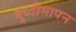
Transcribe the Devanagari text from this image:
बुध्दीमापन